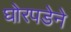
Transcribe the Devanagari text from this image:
घोरपडेने